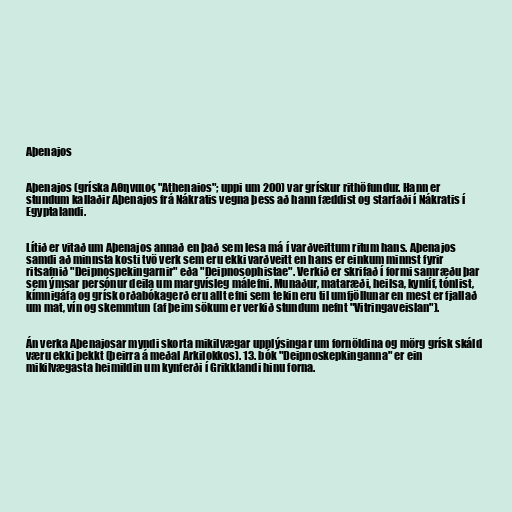
Aþenajos

Aþenajos (gríska Αθηναιος "Athenaios"; uppi um 200) var grískur rithöfundur. Hann er
stundum kallaðir Aþenajos frá Nákratis vegna þess að hann fæddist og starfaði í Nákratis í
Egyptalandi.

Lítið er vitað um Aþenajos annað en það sem lesa má í varðveittum ritum hans. Aþenajos
samdi að minnsta kosti tvö verk sem eru ekki varðveitt en hans er einkum minnst fyrir
ritsafnið "Deipnospekingarnir" eða "Deipnosophistae". Verkið er skrifað í formi samræðu þar
sem ýmsar persónur deila um margvísleg málefni. Munaður, mataræði, heilsa, kynlíf, tónlist,
kímnigáfa og grísk orðabókagerð eru allt efni sem tekin eru til umfjöllunar en mest er fjallað
um mat, vín og skemmtun (af þeim sökum er verkið stundum nefnt "Vitringaveislan").

Án verka Aþenajosar myndi skorta mikilvægar upplýsingar um fornöldina og mörg grísk skáld
væru ekki þekkt (þeirra á meðal Arkilokkos). 13. bók "Deipnoskepkinganna" er ein
mikilvægasta heimildin um kynferði í Grikklandi hinu forna.